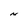
Character: N